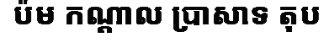
ប៉ម កណ្តាល ប្រាសាទ តុប